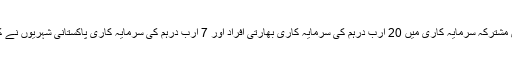
اس مشترکہ سرمایہ کاری میں 20 ارب درہم کی سرمایہ کاری بھارتی افراد اور 7 ارب درہم کی سرمایہ کاری پاکستانی شہریوں نے کی۔